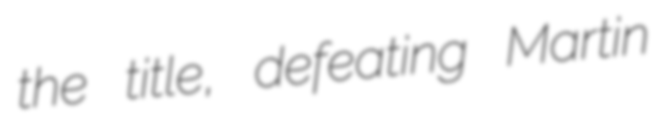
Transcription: the title, defeating Martin